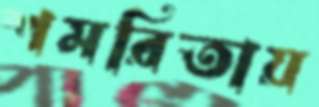
শমরিতায়